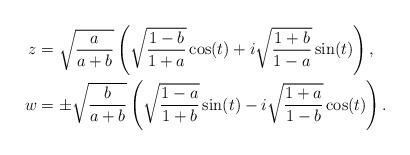
LaTeX: \begin{align*}z & =\sqrt{\frac{a}{a+b}} \left(\sqrt{\frac{1-b}{1+a}}\cos (t) + i \sqrt{\frac{1+b}{1-a}} \sin(t)\right),\\w& = \pm\sqrt{\frac{b}{a+b}} \left(\sqrt{\frac{1-a}{1+b}}\sin (t) - i \sqrt{\frac{1+a}{1-b}} \cos(t)\right).\end{align*}